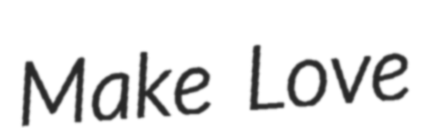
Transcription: Make Love